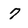
Character: 7